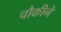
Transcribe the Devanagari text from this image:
चौकीने